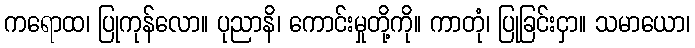
ကရောထ၊ ပြုကုန်လော။ ပုညာနိ၊ ကောင်းမှုတို့ကို။ ကာတုံ၊ ပြုခြင်းငှာ။ သမာယော၊